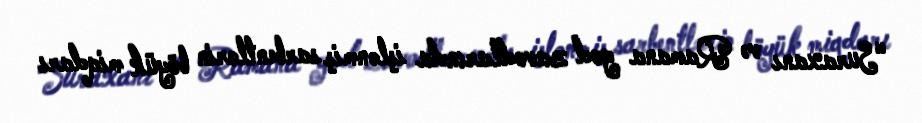
“Suraxanı və Ramana yod zavodlarında işlənmiş sarbentlərin böyük miqdarı